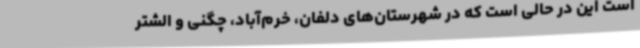
است این در حالی است که در شهرستان‌های دلفان، خرم‌آباد، چگنی و الشتر